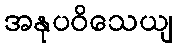
အနုပဝိသေယျ